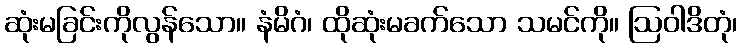
ဆုံးမခြင်းကိုလွန်သော။ နံမိဂံ၊ ထိုဆုံးမခက်သော သမင်ကို။ ဩဝါဒိတုံ၊